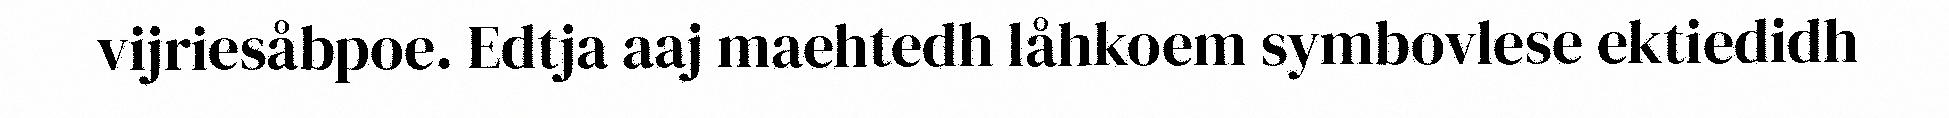
vijriesåbpoe. Edtja aaj maehtedh låhkoem symbovlese ektiedidh